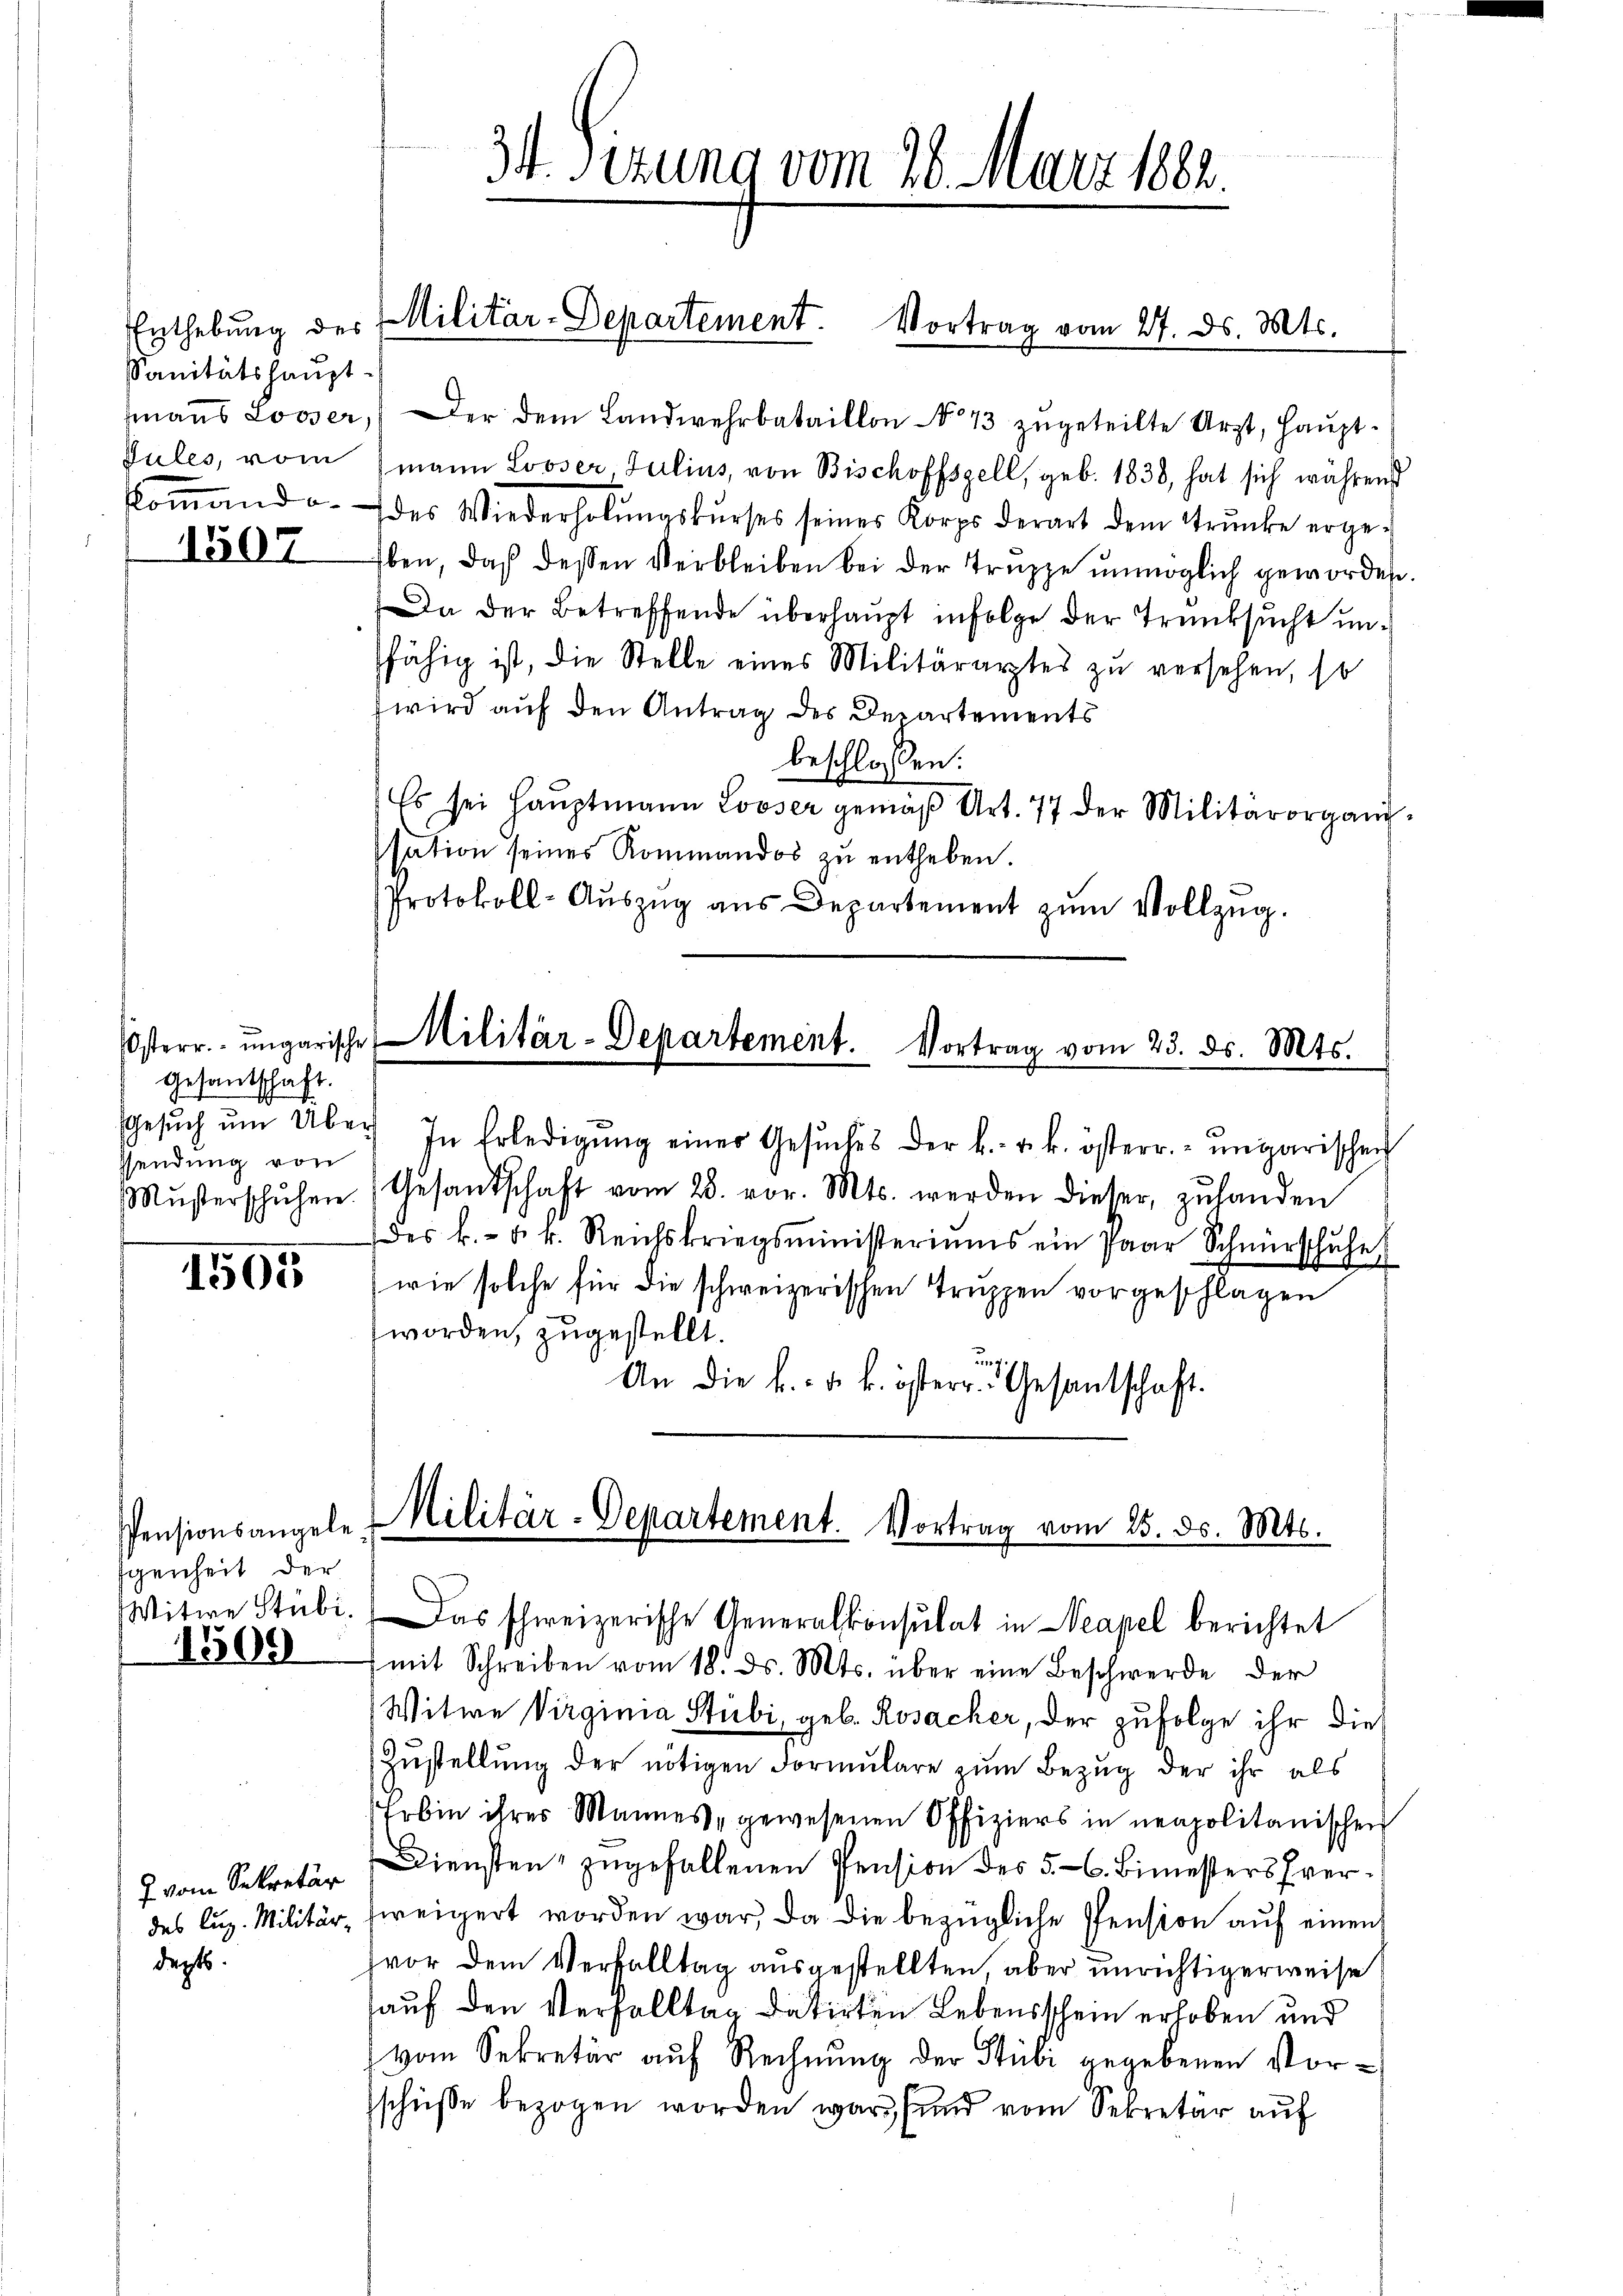
sanitätshaupt
Jules, vom

1507

Gesantschaft.
Gesuch um Über
ssendung von
Mŭsterschuhen.

1505

Pensionsangele
genheit der
Witwe Stubi.
1500

7 vom Sekretär
depts.

34. Sizung vom 28. März 1882.

Enthebŭng der Militär-Departement. Vortrag vom 27. ds. Mts.

mmanns Looser, der dem Landwehrbataillon No 43 zŭgeteilte Arzt, Hauptmann Looser, Julius, von Bischoffszell, geb. 1838, hat sich während
koṁanda des Wiederholŭngskŭrses seines Korps derart dem Trŭnke erge-
Eben, daß dessen Verbleiben bei der Truppe unmöglich geworden.
Da der Betreffende überhaupt infolge der Trunksucht unfähig ist, die Stelle eines Militärarztes zu versehen, so
wird auf den Antrag des Departements
beschlossen:
Es sei Haŭptmann Looser gemäβ Art. 77 der Militärorganissation seines Kommandos zŭ entheben.
Protokoll-Aŭszŭg aŭs Departement zŭm Vollzug.

Osterr. ungarische Militär-Departement. Vortrag vom 23. ds. Mts.

) In Erledigŭng einer Gesŭches der k. k. k. österr. ungarischen
Gesandschaft vom 28. vor. Mts. werden dieser zuhanden
des k. u. k. Reichskriegsministeriums ein Paar Schnürschuhe
wie solche für die schweizerischen Truppen vorgeschlagen
worden, zugestellt.
ung
An die k. k. k. österr. Gesantschaft.

Militär-Departement. Vortrag vom 25. ds. Mts.
Das schweizerische Generalkonsulat in Neapel berichtet

mit Schreiben vom 18. ds. Mts. über eine Beschwerde der
Witwe Virgina Stibi, geb. Rosacker, der zufolge ihr die
Zustellung der nötigen Formulare zum Bezug der ihr als
Erbin ihres Mannes gewesenen Offiziers in neapolitanischen
Diensten zugefallenen Pension des 5. 6. Bimesters verdes Luz. Militär zweigert worden war, da die bezügliche Pension auf einen
vor dem Verfalltag ausgestellten, aber unrichtigerweise
auf den Verfalltag datirten Lebensschein erhoben und
vom Sekretär auf Rechnung der Stubi gegebenen Vor-
schüße bezogen worden war, und vom Sekretär auf